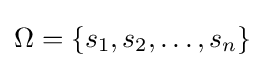
\Omega =\{s_{1},s_{2},\ldots ,s_{n}\}